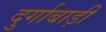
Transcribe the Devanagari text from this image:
दुर्गाबाड़ी